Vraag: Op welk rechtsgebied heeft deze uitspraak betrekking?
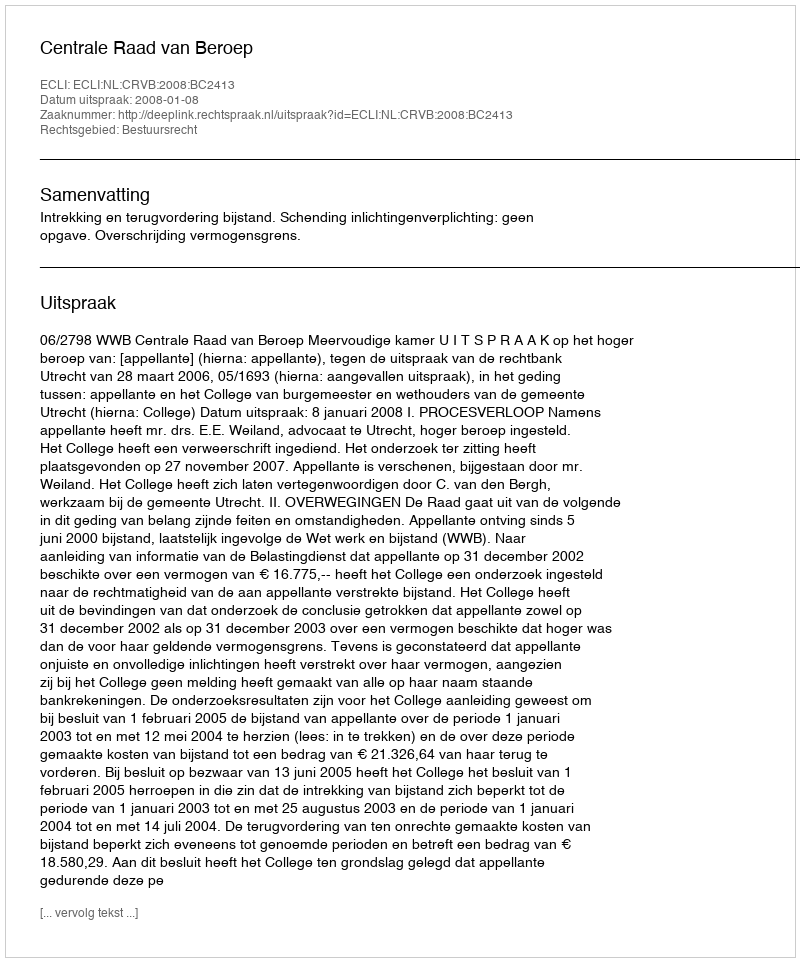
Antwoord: Bestuursrecht